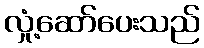
လှုံ့ဆော်ပေးသည်